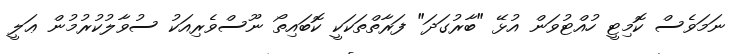
ނަމަވެސް ކޮމިޓީ ހުއްޓުވަން އުޅޭ "ބާރުގަދަ" ފަރާތްތަކަކީ ކޮބައިތޯ ނޫސްވެރިއަކު ސުވާލުކުރުމުން ޢަލީ